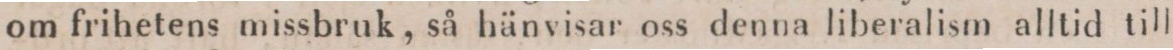
om frihetens missbruk,så hänvisar oss denna liberalism alltid till